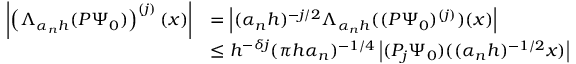
\begin{array} { r l } { \left| \left( \Lambda _ { \alpha _ { n } h } ( P \Psi _ { 0 } ) \right) ^ { ( j ) } ( x ) \right| } & { = \left| ( \alpha _ { n } h ) ^ { - j / 2 } \Lambda _ { \alpha _ { n } h } ( ( P \Psi _ { 0 } ) ^ { ( j ) } ) ( x ) \right| } \\ & { \leq h ^ { - \delta j } ( \pi h \alpha _ { n } ) ^ { - 1 / 4 } \left| ( P _ { j } \Psi _ { 0 } ) ( ( \alpha _ { n } h ) ^ { - 1 / 2 } x ) \right| } \end{array}